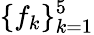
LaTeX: \{ f_{k}\} _{k=1}^{5}